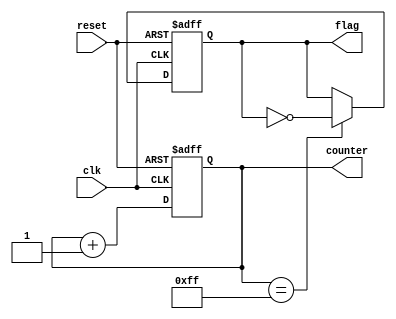
module DefaultStateInitialization (
    input wire clk,           // Clock signal
    input wire reset,         // Active-high reset signal
    output reg [7:0] counter, // Example state output (8-bit counter)
    output reg flag           // Example state output (control flag)
);

// State Registers
always @(posedge clk or posedge reset) begin
    if (reset) begin
        // State Assignment: Initialize registers to default values
        counter <= 8'b00000000; // Initialize counter to 0
        flag <= 1'b0;           // Initialize flag to 0
    end else begin
        // Normal Operation: Insert your operational logic here
        // Example: Increment counter
        counter <= counter + 1;
        // Example: Toggle flag every 255 counts
        if (counter == 8'b11111111) begin
            flag <= ~flag;
        end
    end
end

endmodule